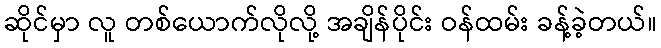
ဆိုင်မှာ လူ တစ်ယောက်လိုလို့ အချိန်ပိုင်း ဝန်ထမ်း ခန့်ခဲ့တယ်။